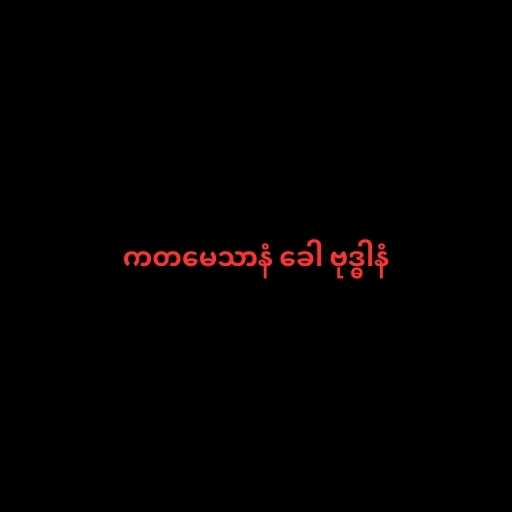
ကတမေသာနံ ခေါ ဗုဒ္ဓါနံ